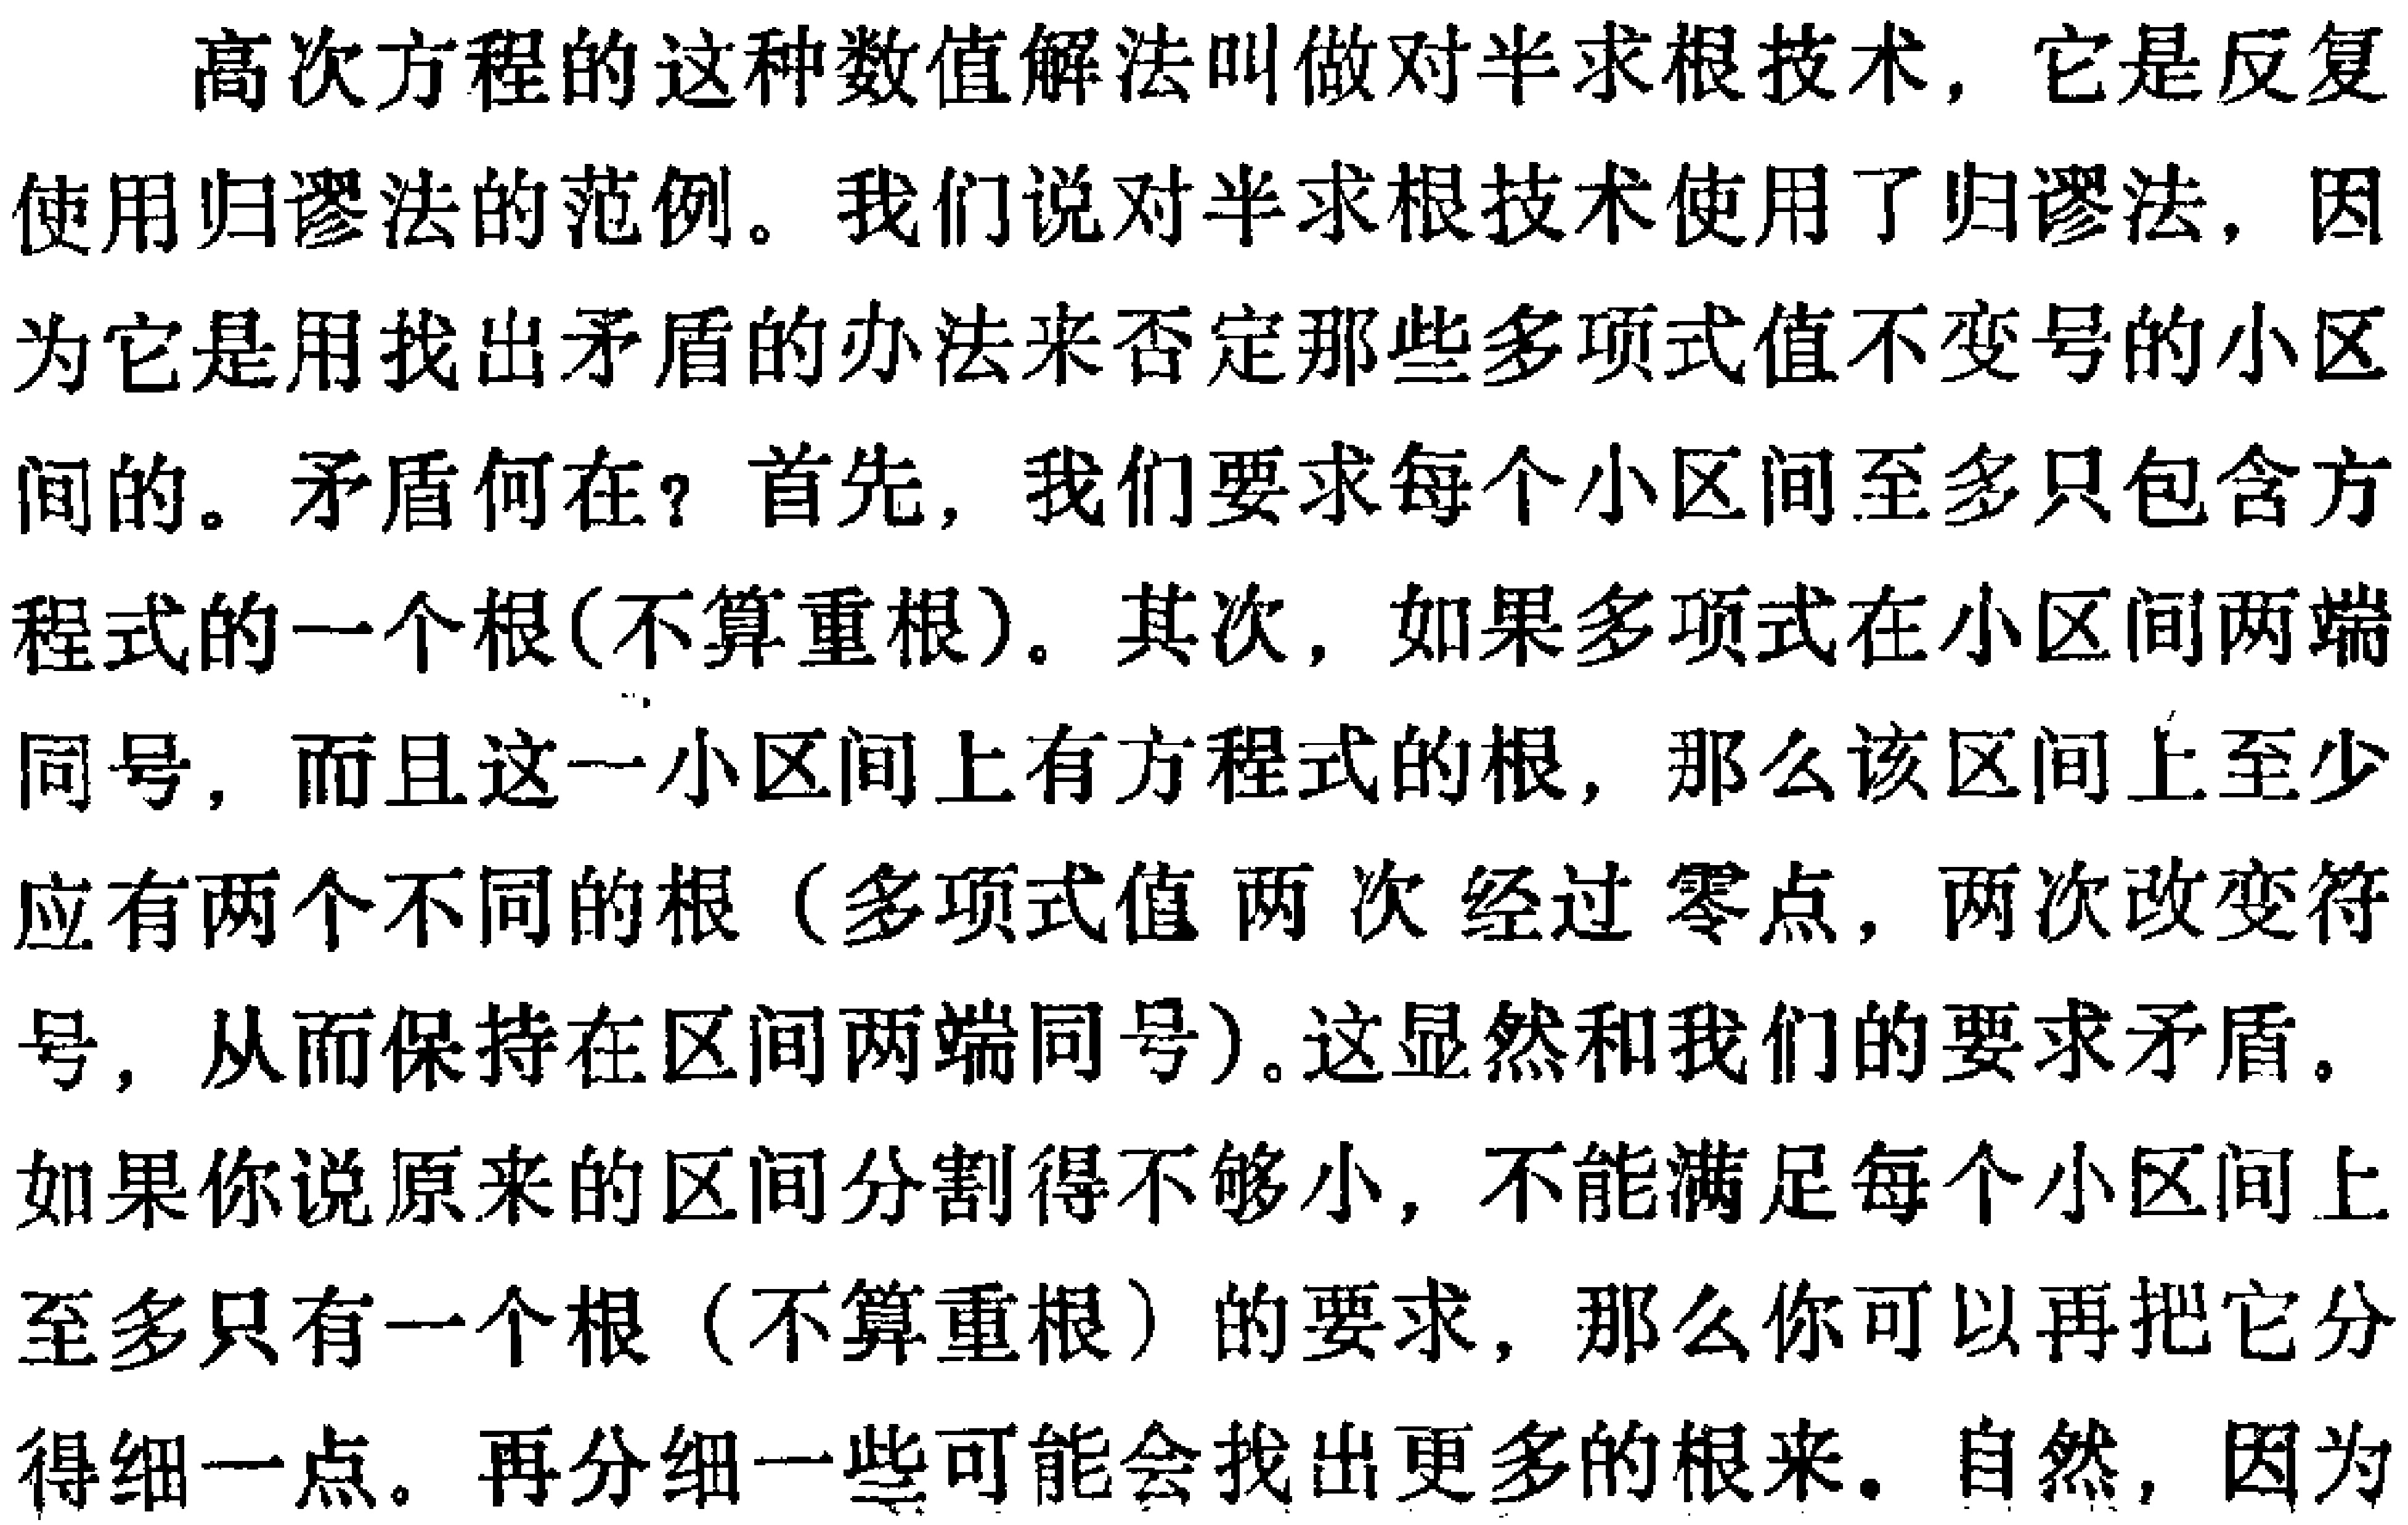
高次方程的这种数值解法叫做对半求根技术，它是反复使用归谬法的范例。我们说对半求根技术使用了归谬法，因为它是用找出矛盾的办法来否定那些多项式值不变号的小区间的。矛盾何在？首先，我们要求每个小区间至多只包含方程式的一个根(不算重根)。其次，如果多项式在小区间两端同号，而且这一小区间上有方程式的根，那么该区间上至少应有两个不同的根（多项式值两次经过零点，两次改变符号，从而保持在区间两端同号)。这显然和我们的要求矛盾。如果你说原来的区间分割得不够小，不能满足每个小区间上至多只有一个根（不算重根）的要求，那么你可以再把它分得细一点。再分细一些可能会找出更多的根来。自然，因为